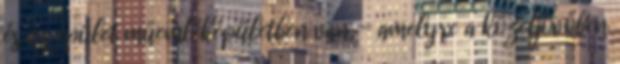
és az épület műemléképületben van, - amelyre a közeljövőben